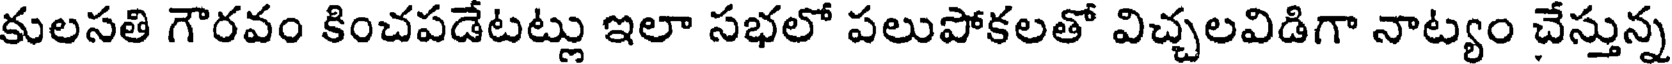
కులసతి గౌరవం కించపడేటట్లు ఇలా సభలో పలుపోకలతో విచ్చలవిడిగా నాట్యం చేస్తున్న